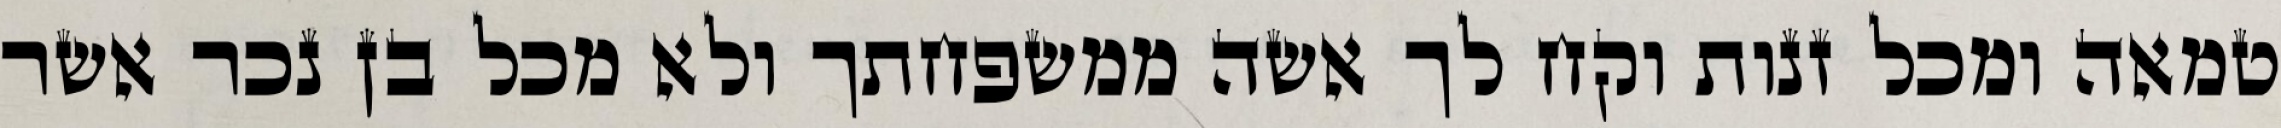
טמאה ומכל זנות וקח לך אשה ממשפחתך ולא מכל בן נכר אשר